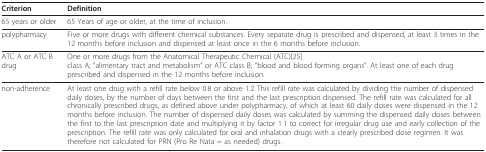
<table><thead><tr><td><b>Criterion</b></td><td><b>Definition</b></td></tr></thead><tbody><tr><td>65 years or older</td><td>65 Years of age or older, at the time of inclusion.</td></tr><tr><td>polypharmacy</td><td>Five or more drugs with different chemical substances. Every separate drug is prescribed and dispensed, at least 3 times in the 12 months before inclusion and dispensed at least once in the 6 months before inclusion.</td></tr><tr><td>ATC A or ATC B drug</td><td>One or more drugs from the Anatomical Therapeutic Chemical (ATC)[25]class A; &quot;alimentary tract and metabolism&quot; or ATC class B; &quot;blood and blood forming organs&quot;. At least one of each drug prescribed and dispensed in the 12 months before inclusion.</td></tr><tr><td>non-adherence</td><td>At least one drug with a refill rate below 0.8 or above 1.2 This refill rate was calculated by dividing the number of dispensed daily doses, by the number of days between the first and the last prescription dispensed. The refill rate was calculated for all chronically prescribed drugs, as defined above under polypharmacy, of which at least 60 daily doses were dispensed in the 12 months before inclusion. The number of dispensed daily doses was calculated by summing the dispensed daily doses between the first to the last prescription date and multiplying it by factor 1.1 to correct for irregular drug use and early collection of the prescription. The refill rate was only calculated for oral and inhalation drugs with a clearly prescribed dose regimen. It was therefore not calculated for PRN (Pro Re Nata = as needed) drugs.</td></tr></tbody></table>